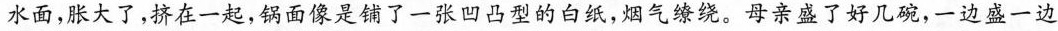
水面，胀大了，挤在一起，锅面像是铺了一张凹凸型的白纸，烟气缭绕。母亲盛了好几碗，一边盛一边